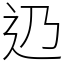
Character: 辸